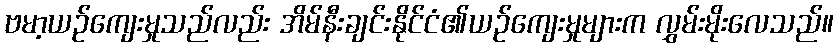
ဗမာ့ယဉ်ကျေးမှုသည်လည်း အိမ်နီးချင်းနိုင်ငံ၏ယဉ်ကျေးမှုများက လွှမ်းမိုးလေသည်။